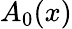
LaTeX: A_{0}(x)